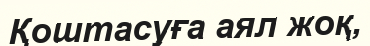
Қоштасуға аял жоқ,